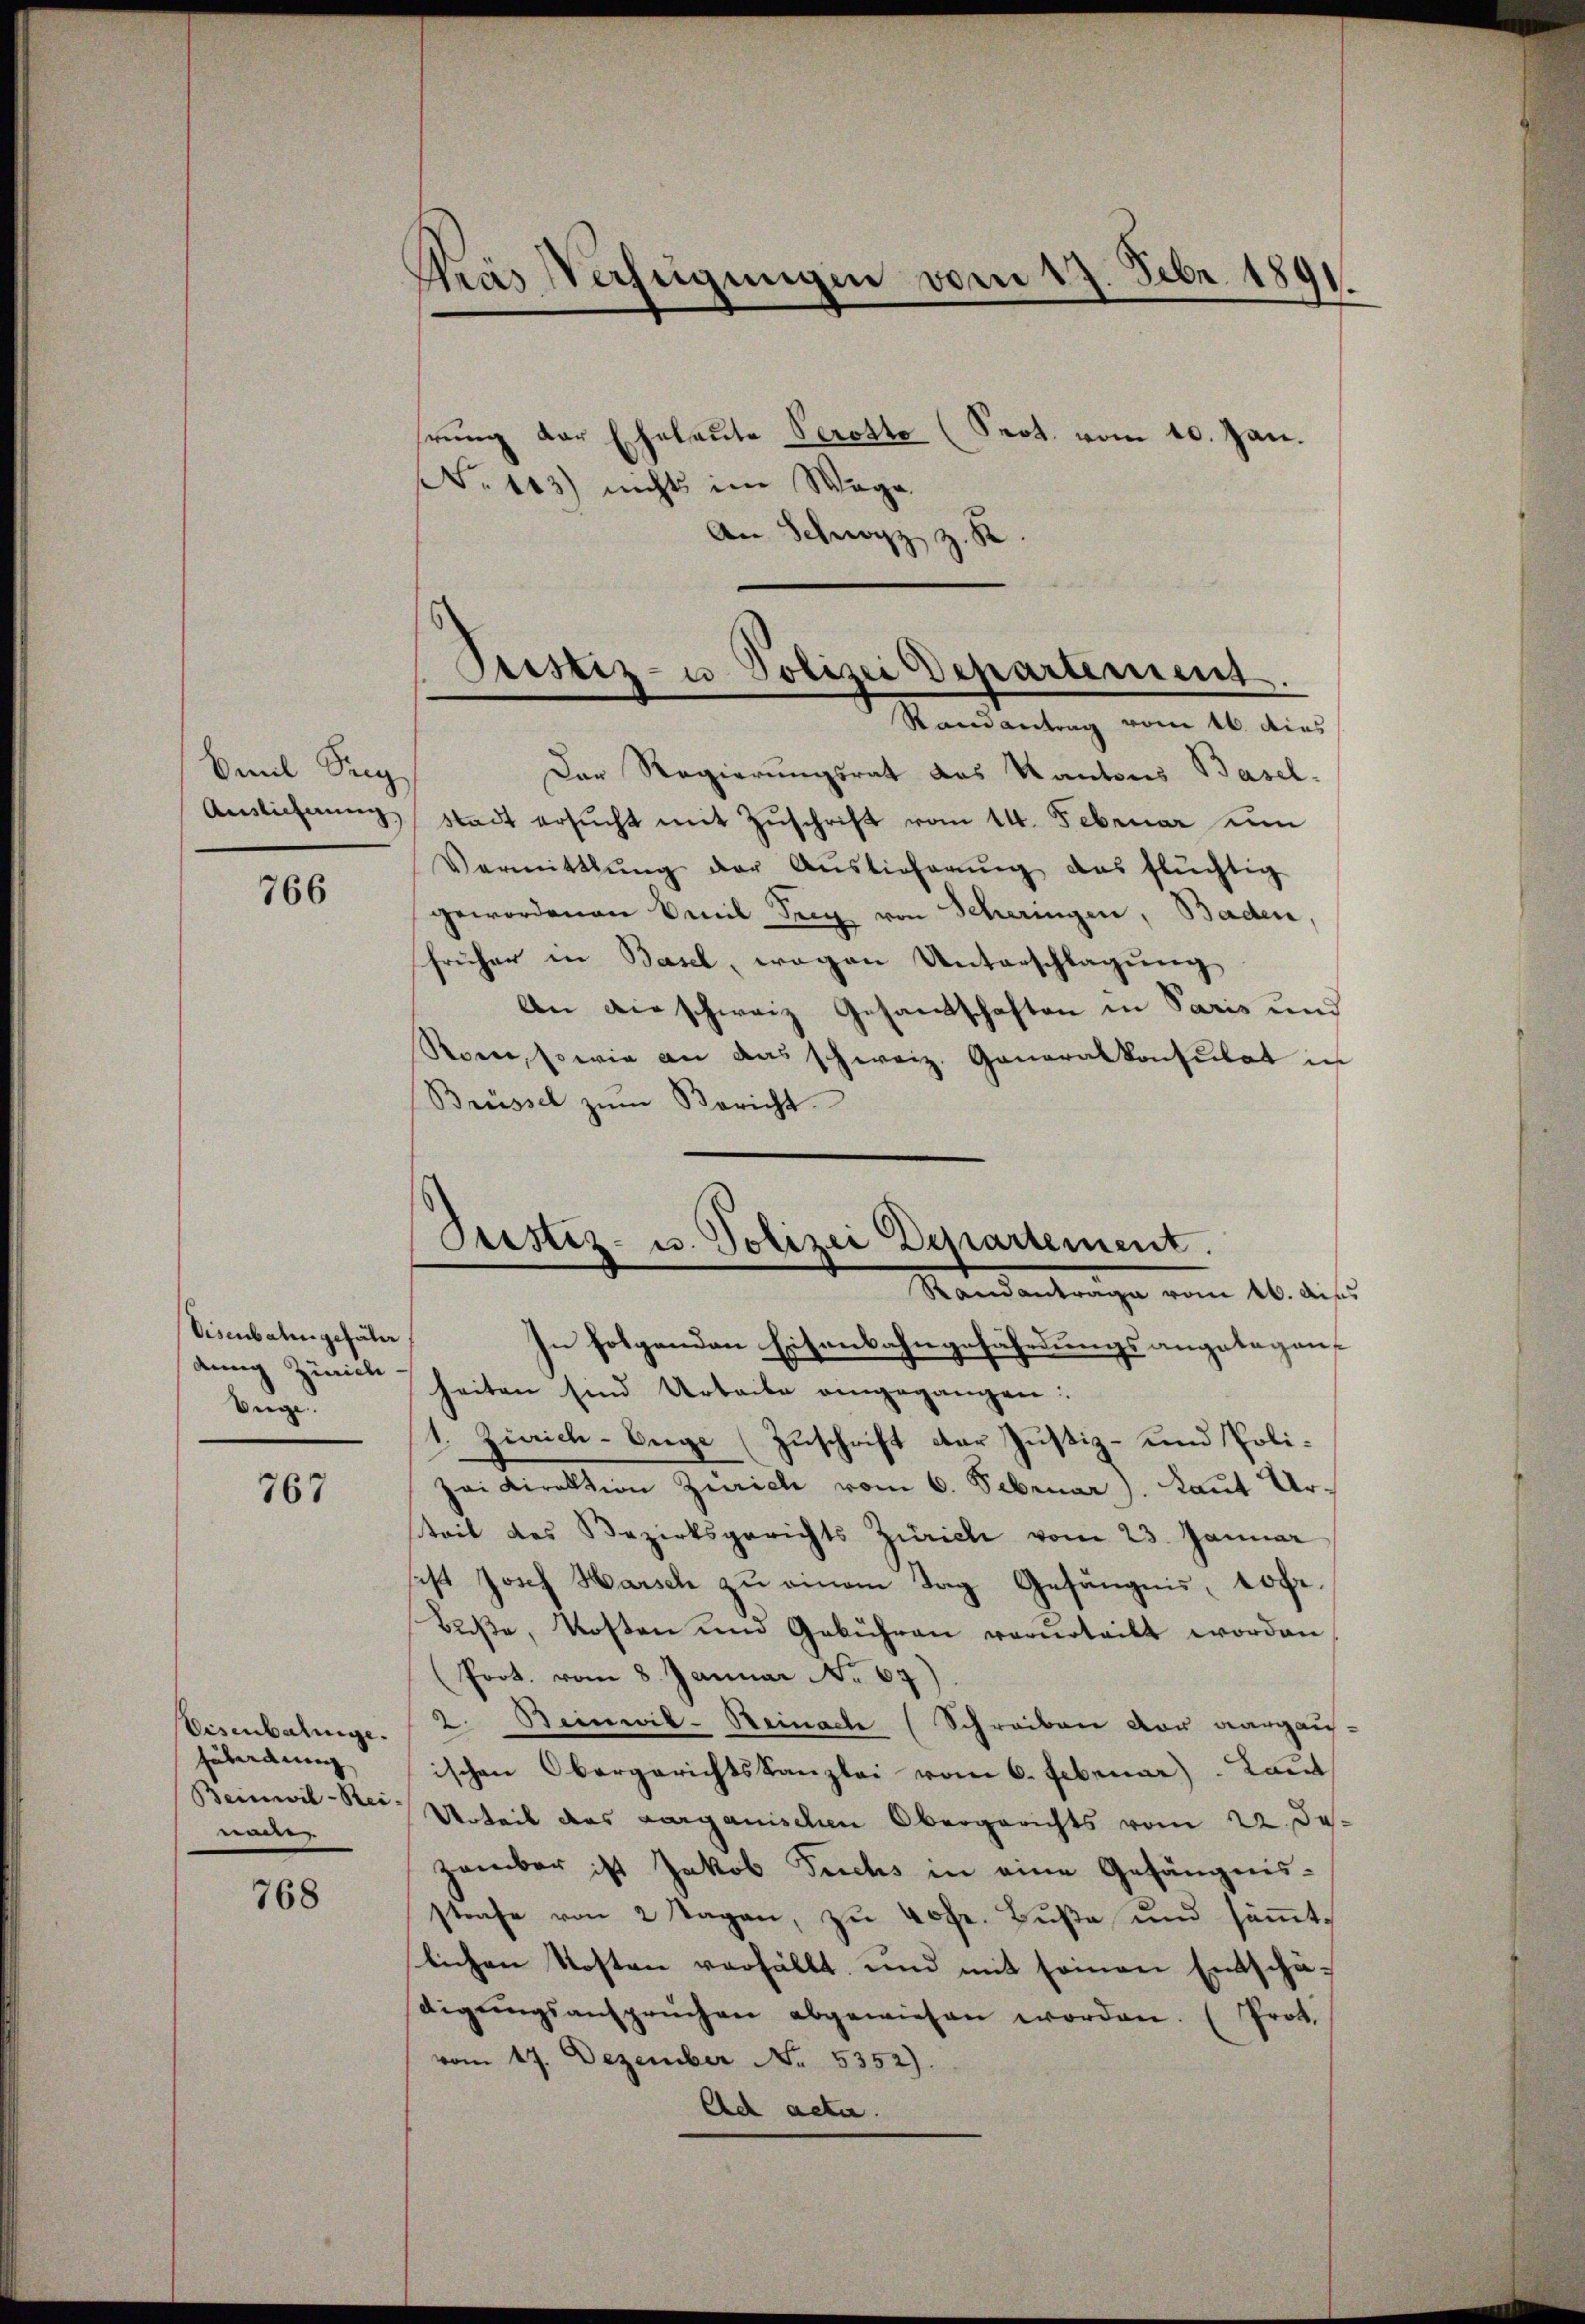
Caul Sieg

766

Visenbahngefähr
dung Zürich.
Aege

767

Eisenbalinge.
Zubordnung
Beinwil-Rei-
nan

768

fras Verfügungen
vom 17. Febr. 1891.

rŭng der Eheleute Perotto (Prot. vom 10. Jan.
No 143) nicht im Wage
e
An Sch
Der Regierungsrat das Kantons Basel-
Auslichnŭng Stadt ersŭcht mit Zŭschrift vom 14. Februar um
Vermittlung der Auslieferŭng das flüchtig
gewordenen Emil Serg von Scheringen, Baden,
früher in Basel, wegen Unterschlagung
An die schweiz Gesandschaften in Paris und
Rom, sowie an das schweiz. Generalkonsulat in
Brüssel zŭm Bericht.
In folgenden Eisenbahngefährdungsangelegen
heiten sind Urteile eingegangen:
Zürich-Enge (Zuschrift der Justiz- und Poli¬
Zei Direktion Zürich vom 6. Februar J. Laut Urteil des Bezirksgerichts Zürich vom 23. Januar
sest Josef Harsch zu einem Tag Gefängnis, 10 pr.
Baβe, Kosten und Gebühren verurteilt worden
(Prot. vom 8. Januar No 69
2. Beinwil-Beinach (Schreiben vor aargau-
ischen Obergerichtskanzlei vom 6. Februar) Laut
Urteil des Sarganischen Obergerichts vom 22. Je
zember ist Jakob Fuchs in eine Gefängnisstrafe von 2 Tagen, zu kofr. Buße und sämtslichen Kosten verfällt und mit seinen Entschä-
digŭngsansprüchen abgewiesen worden. (Prot.
vom 17. Dezember No. 5352).
Ad acta.

¬
Peistiz- u Polizei Departement.
Randantrag vom 16. dies

Prestiz- u. Polizei Departement.
Randantrage vom 26. Aus